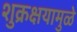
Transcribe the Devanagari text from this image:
शुक्रक्षयामुळे